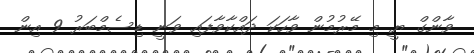
ވާންގް ޔީ މި މޭރުުމުން ވާހަކަ ދައްކާވާފައި ވަނީ ޑިސެމްބަރު 9 އިން